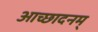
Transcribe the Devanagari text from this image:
आच्छादनम्‌